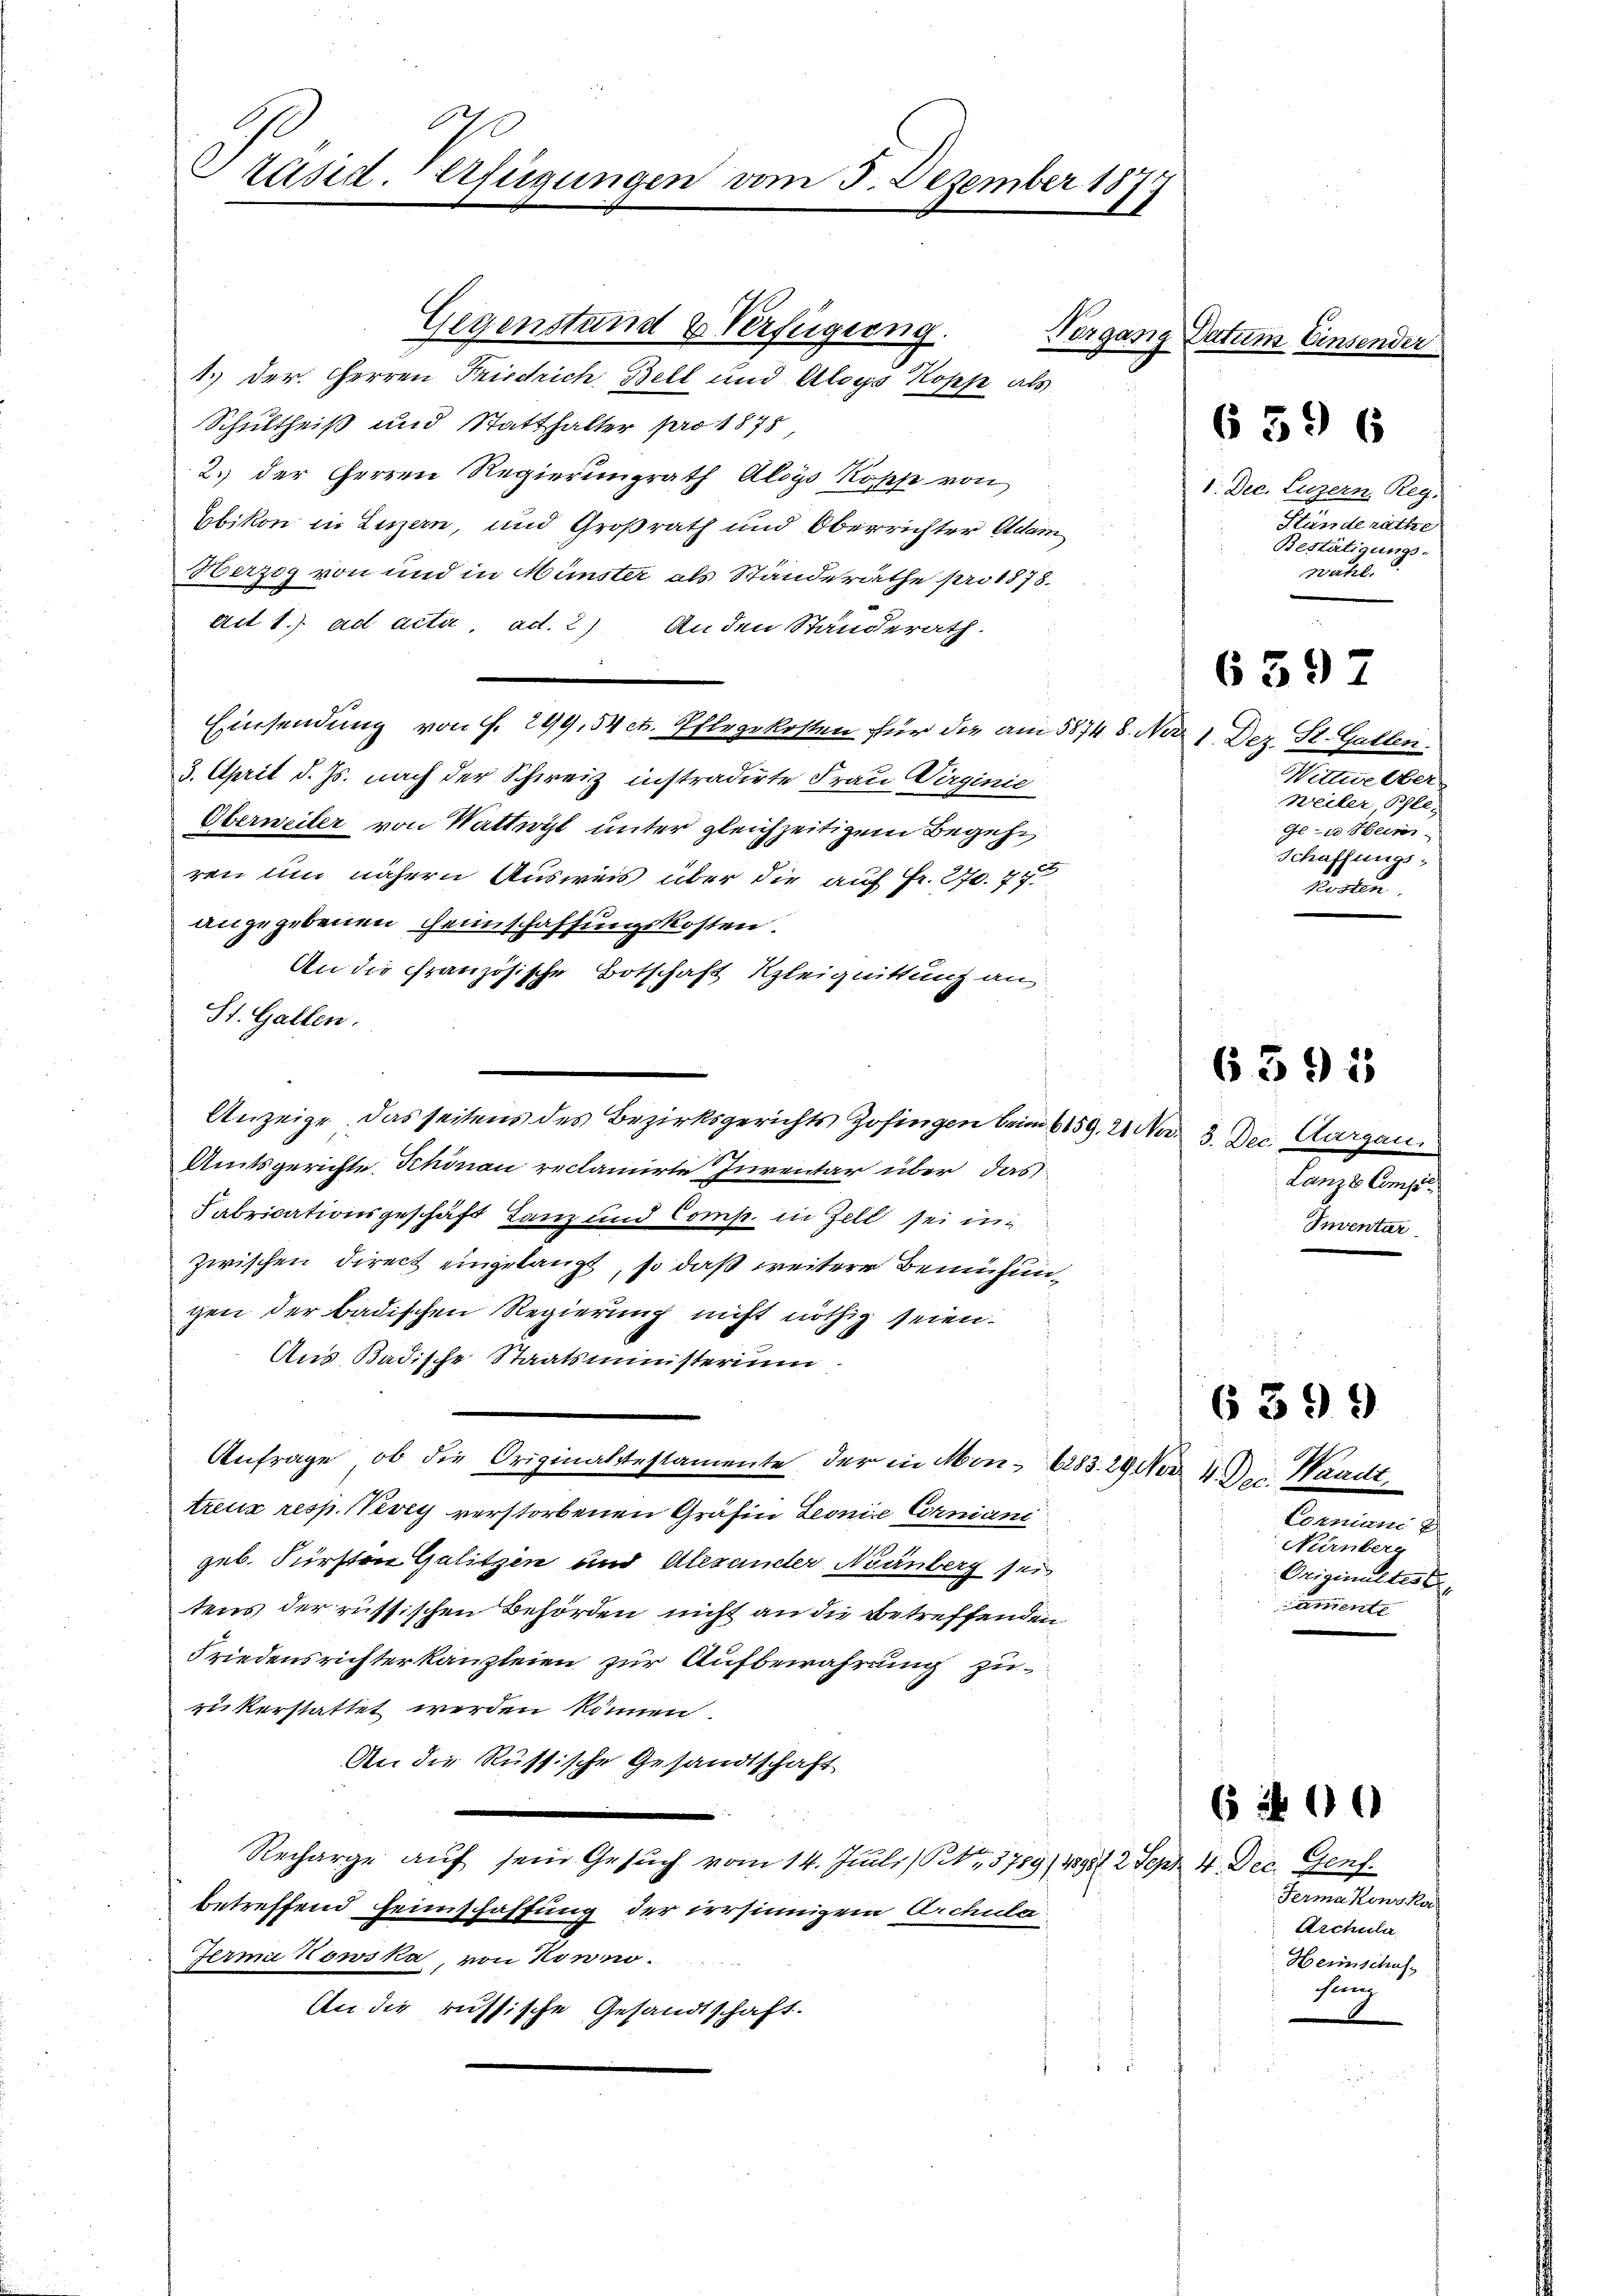
Präsid. Verfügungen vom 3. Dezember 1873

Schultheiß und Statthalter pro 1878,
2. der Herren Regierungrath Aloys Kopp von
Ebikon in Luzern, und Großrath und Oberrichter Adam
Herzog von und in Münster als Standerathe pro 1878.
au 1.) ad acta, ad. 2) Anden Standerath.
¬
Einsendung von f. 299, 34 ct. Pflegekosten für die am 58748. Nov. 1. Dez. St. Gallen.
3. April d. Js. nach der Schweiz instradirte Frau Virginie
Oberweiler von Wattwyl unter gleichzeitigem Begehren und nähern Ausweis über die auf Fr. 270. 74
angegebenen Heinschaffungskosten.
An die französische Botschaft Kleignittung an
St. Gallen.
Anzeige, das seitens des Bezirksgerichts Zofingen beim 659. 21.
Amtsgerichte Schönau reclamirte Inventar über das
Fabricationsgeschäft Tanz und Comp. in Zell sei ni
zwischen Direct eingelangt, so daß weitere Bemühungen der badischen Regierung nicht nöthig seien.
Aus Badische Staatsministerium
Anfrage, ob die Originaltestamente, der in Mon- 6283. 29 Nov. 4. D. Waadt.
treux resp. Weg verstorbenen Gräfin Leonie Corniani
geb. Fürsten Gelitzen und Alesander Nünberg sei
tens der russischen Behörden nicht an die Betreffenden
Friedensrichterkanzleien zur Aufbewahrung zu
rükerstattet werden können.
An die Russische Gesandtschaft
Recharge aŭf sein Gesŭch vom 14. Juli (Sitter, 3789/ 1898 1 2 Sept 4. Dec. Genf
betreffend Heimschaffung der irrsinnigem Archula
Jerma Howska, von Konno.
An die russische Gesandtschaft.

Gegenstand & Verfügung.
1. der Herren Friedrich Bell und Aloys Kopp als

Vorgang Datum Einsender

639 6

1. Dec. Luzern, Reg.
Ständeräthe
Bestätigungs-
wahl.

Nittwe Ober
Weiler, Pfle
Ge u Heim
Schaffungs-
Posten

6597

6395

Ver 3. Dec. Aargau
Lanze Compil
Inventar

Lonnien 2)
Nürnber
Originaltest
ement

6399

6400

Fermakowska
Archula
Heinschafsung